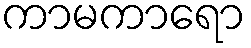
ကာမကာရော